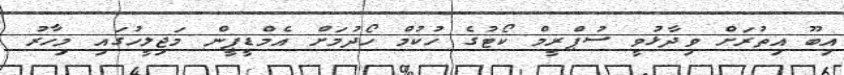
އިބޫ އިތުރަށް ވިދާޅުވީ ސުޕްރީމް ކޯޓުގެ ހުކުމް ހޯދުމަށް އެމްޑީޕީން މަޖިލީހުގައި މިހާރު